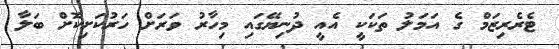
ޓެރެރިޒަމް ގެ އަމަލު ތަކަކީ އެއީ ދުނިޔޭގައި މިހާރު ވަރަށް ހަރުކަށިކޮށް ބަލާ